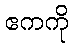
ဧကကို